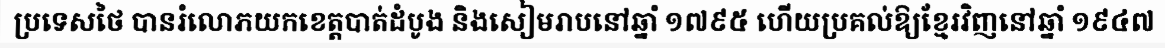
ប្រទេសថៃ បានរំលោភយកខេត្តបាត់ដំបូង និងសៀមរាបនៅឆ្នាំ ១៧៩៥ ហើយប្រគល់ឱ្យខ្មែរវិញនៅឆ្នាំ ១៩៤៧